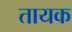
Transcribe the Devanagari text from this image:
तायक